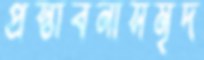
প্রস্তাবনাসমৃদ